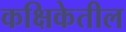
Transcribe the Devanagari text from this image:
कक्षिकेतील